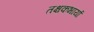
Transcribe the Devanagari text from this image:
तक्षकभार्या